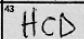
Transcription: HCD